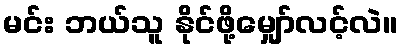
မင်း ဘယ်သူ နိုင်ဖို့မျှော်လင့်လဲ။